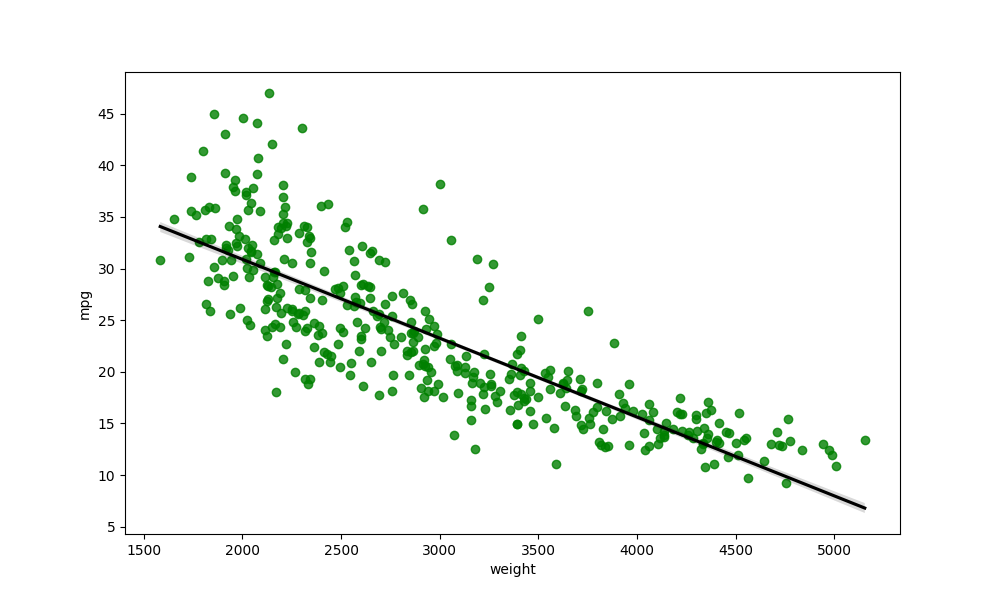
python, seaborn, regplot, order=1, ci=68, scatter_color=green, line_color=black